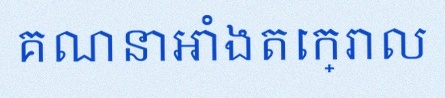
គណនាអាំងតេក្រាល